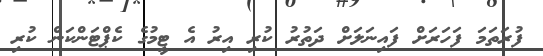
ފުރަތަމަ ފަހަރަށް ފައިނަލަށް ދަތުރު ކުރި އިރު އެ ޓީމުގެ ކެޕްޓަންކަން ކުރި